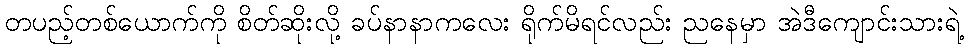
တပည့်တစ်ယောက်ကို စိတ်ဆိုးလို့ ခပ်နာနာကလေး ရိုက်မိရင်လည်း ညနေမှာ အဲဒီကျောင်းသားရဲ့